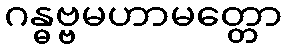
ဂန္ဓဗ္ဗမဟာမတ္တော